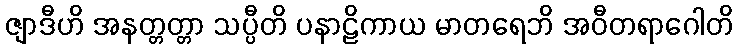
ဇျာဒီဟိ အနတ္တတ္တာ သပ္ပီတိ ပနာဠိကာယ မာတရေဘိ အဝီတရာဂေါတိ